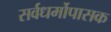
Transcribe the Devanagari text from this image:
सर्वधर्मोपासक